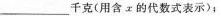
___千克(用含x的代数式表示)；